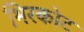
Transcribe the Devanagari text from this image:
भिरकोट